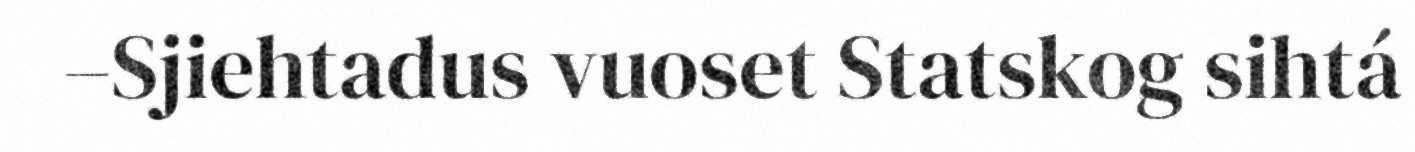
–Sjiehtadus vuoset Statskog sihtá